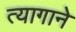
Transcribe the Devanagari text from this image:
त्यागाने